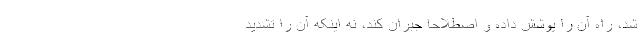
شد، راه آن را پوشش داده و اصطلاحا جبران کند، نه اینکه آن را تشدید